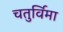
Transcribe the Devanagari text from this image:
चतुर्विमा